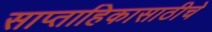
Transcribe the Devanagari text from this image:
साप्ताहिकासाठीचे